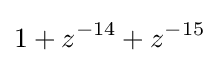
1+z^{-14}+z^{-15}